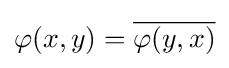
\varphi (x,y)={\overline {\varphi (y,x)}}